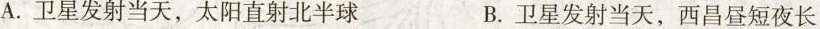
A.卫星发射当天，太阳直射北半球 B.卫星发射当天，西昌昼短夜长C.卫星发射当天，南半球处于夏季 D.卫星发射当天，太阳直射点向北移